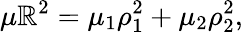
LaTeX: \mu\mathbb{R}^{2}=\mu_{1}\rho_{1}^{2}+\mu_{2}\rho_{2}^{2},